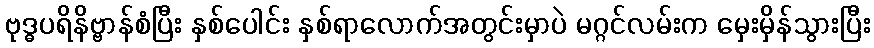
ဗုဒ္ဓပရိနိဗ္ဗာန်စံပြီး နှစ်ပေါင်း နှစ်ရာလောက်အတွင်းမှာပဲ မဂ္ဂင်လမ်းက မှေးမှိန်သွားပြီး